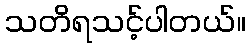
သတိရသင့်ပါတယ်။